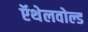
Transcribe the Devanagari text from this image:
ऍथेलवोल्ड